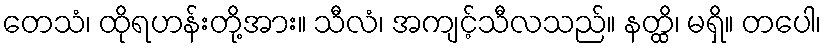
တေသံ၊ ထိုရဟန်းတို့အား။ သီလံ၊ အကျင့်သီလသည်။ နတ္ထိ၊ မရှိ။ တပေါ၊